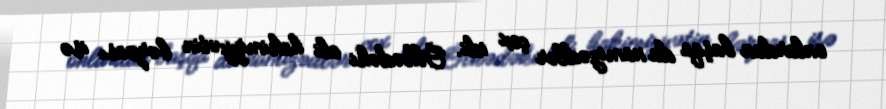
onlardan başqa da namizədlər çox idi. Ölkədəki ali hakimiyyətin bərpası isə